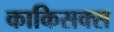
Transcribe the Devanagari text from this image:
काकिसक्स